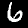
Label: 6